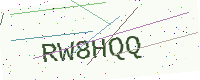
Text: RW8HQQ